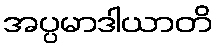
အပ္ပမာဒါယာတိ